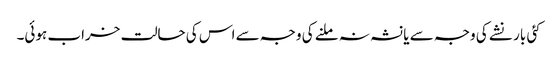
کئی بار نشے کی وجہ سے یا نشہ نہ ملنے کی وجہ سے اس کی حالت خراب ہوئی۔